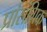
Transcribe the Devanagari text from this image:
प्रांसंगिक